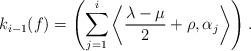
LaTeX: \begin{align*} k_{i-1}(f) = \left(\sum_{j=1}^{i}\left\langle\frac{\lambda-\mu}{2}+\rho,\alpha_j\right\rangle\right)^{}.\end{align*}